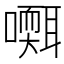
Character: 𡂩